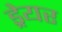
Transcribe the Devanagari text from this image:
ड्रेयर